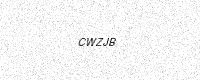
Text: CWZJB